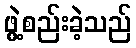
ဖွဲ့စည်းခဲ့သည်